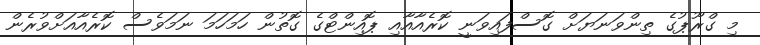
މި ގްރޫޕުގެ ތިންވަނަޔަށް ގޮސްފައިވަނީ ކޮރެއާއާއި ޕޮއިންޓްގެ ގޮތުން ހަމަހަމަ ނަމަވެސް ކޮރެއާއަށްވުރެން